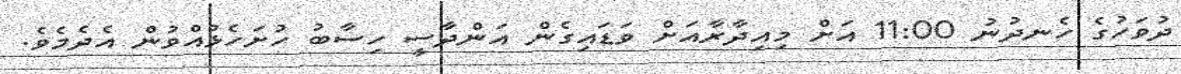
ދުވަހުގެ ހެނދުނު 11:00 އަށް މިއިދާރާއަށް ވަޑައިގެން އަންދާސީ ހިސާބު ހުށަހެޅުއްވުން އެދެމެވެ.